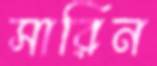
সারিন